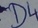
Text: D4